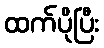
ထက်ပိုပြီး